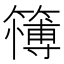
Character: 𱸪